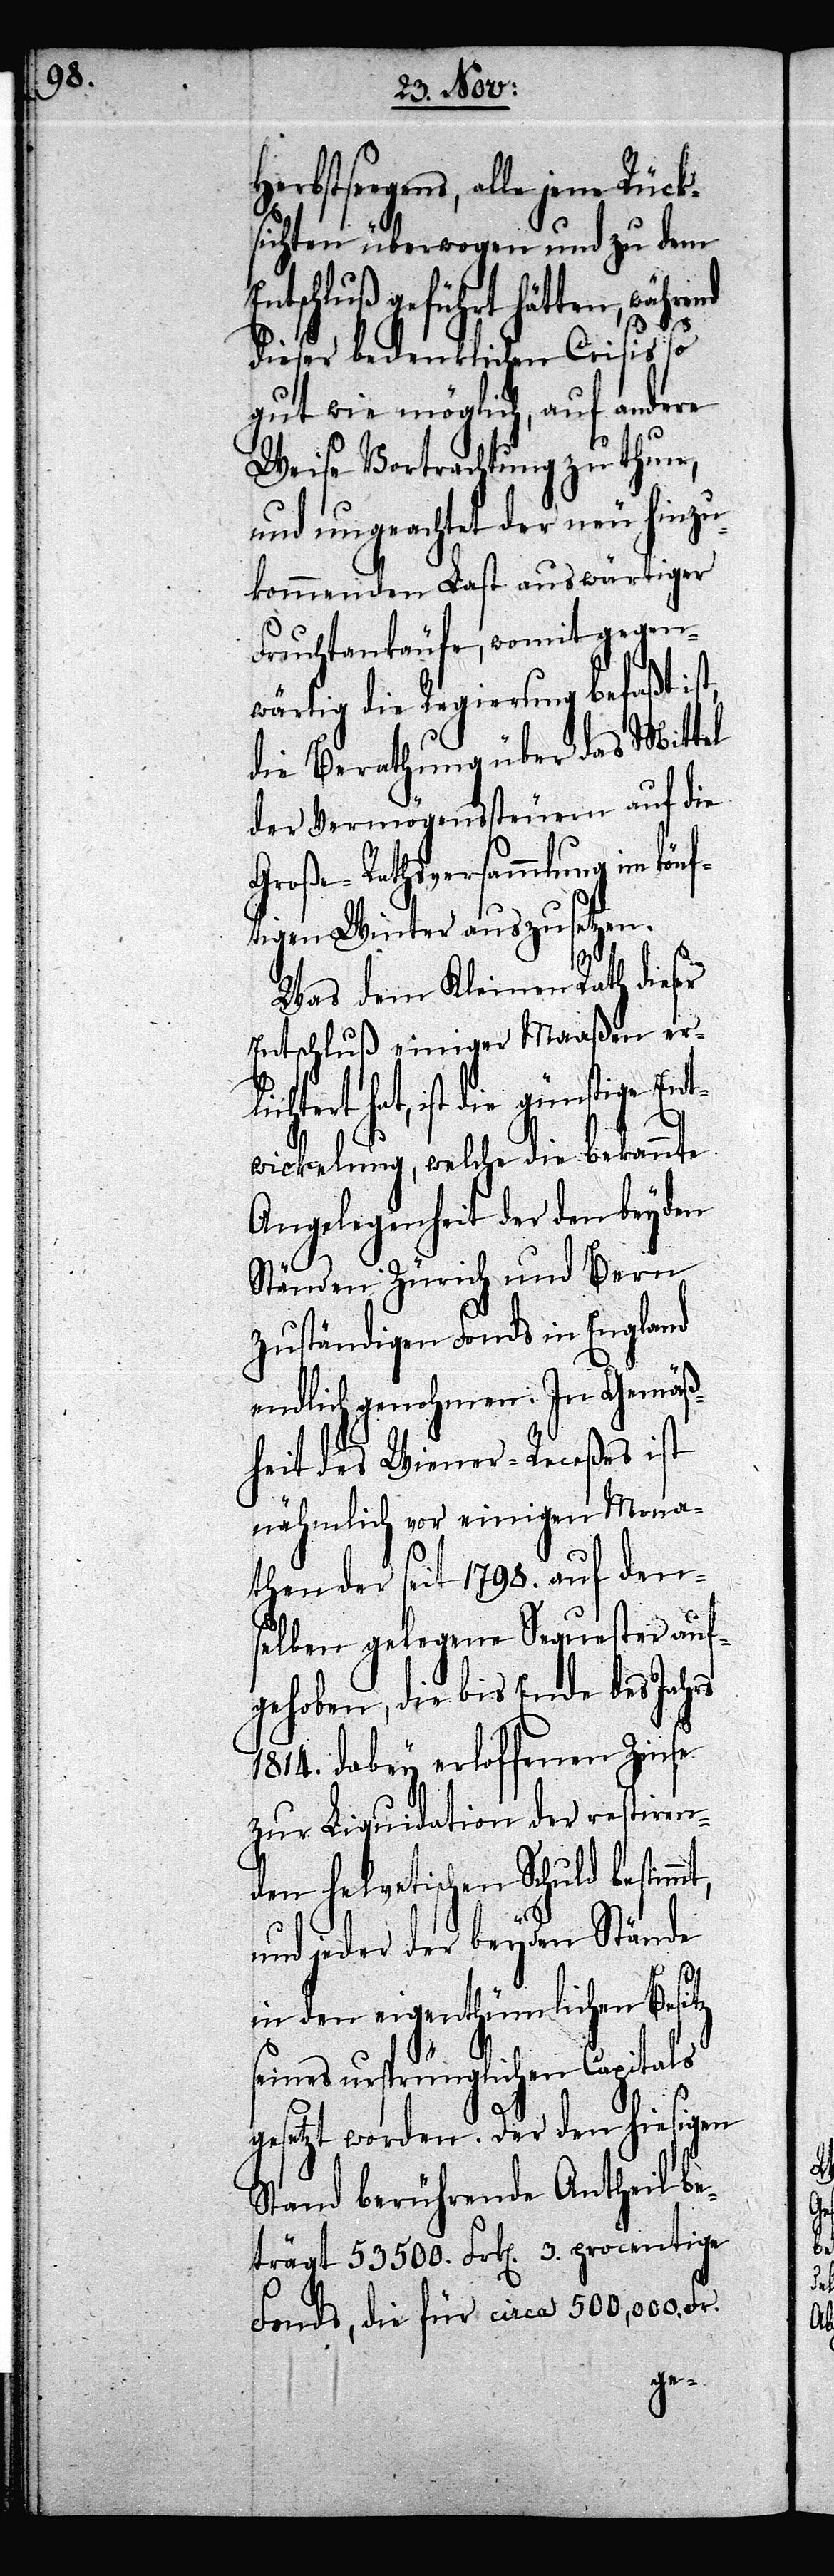
bstseegens, alle jene Rück¬
sichten überwogen und zu dem
Entschluß geführt hätten, während
dieser bedenklichen Crisis so
gut wie möglich, auf andere
Weise Vortrachtung zu thun,
und ungeachtet der neu hinzu¬
kommenden Last auswärtiger
Fruchtankäufe, womit gegen¬
wärtig die Regierung befaßt ist,
die Berathung über das Mittel
der Vermögenssteuern auf die
Große-Rathsversammlung im könf¬
tigen Winter auszusetzen.
mt,
Was dem Kleinen Rath dieser
Entschluß einiger Maaßen erl¬
ichtert hat, ist die günstige Ent¬
wicklung, welche die bekannte
Angelegenheit der den beyden
Ständen Zürich und Bern
zuständigen Fonds in England
endlich genohmen. In Gemäß¬
heit des Wiener-Receßes ist
nähmlich vor einigen Mona¬
then der seit 1798. auf dens¬
elben gelegene Sequester auf¬
gehoben, die bis Ende des Jahrs
1814. dabey erloffenen Zinse
zur Liquidation der restiren¬
den helvetischen Schuld bestim¬
und jeder der beyden Stände
in den eigenthümlichen Besitz
seines ursprünglichen Capitals
gesetzt worden. Der den hiesigen
Stand berührende Antheil be¬
trägt 53500. Frk[en]. 3. procentige
Fonds, die für circa 500,000.
Her¬